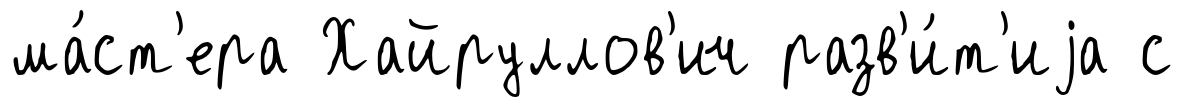
ма́ст'ера Хайруллов'ич разв'и́т'иjа с